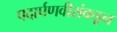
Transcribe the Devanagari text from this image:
पदार्पणवीरांकडून